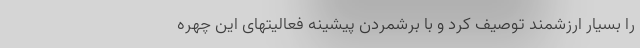
را بسیار ارزشمند توصیف کرد و با برشمردن پیشینه فعالیتهای این چهره